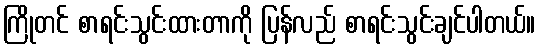
ကြိုတင် စာရင်းသွင်းထားတာကို ပြန်လည် စာရင်းသွင်းချင်ပါတယ်။